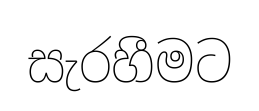
සැරහීමට